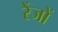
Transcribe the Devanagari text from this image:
रेंजों